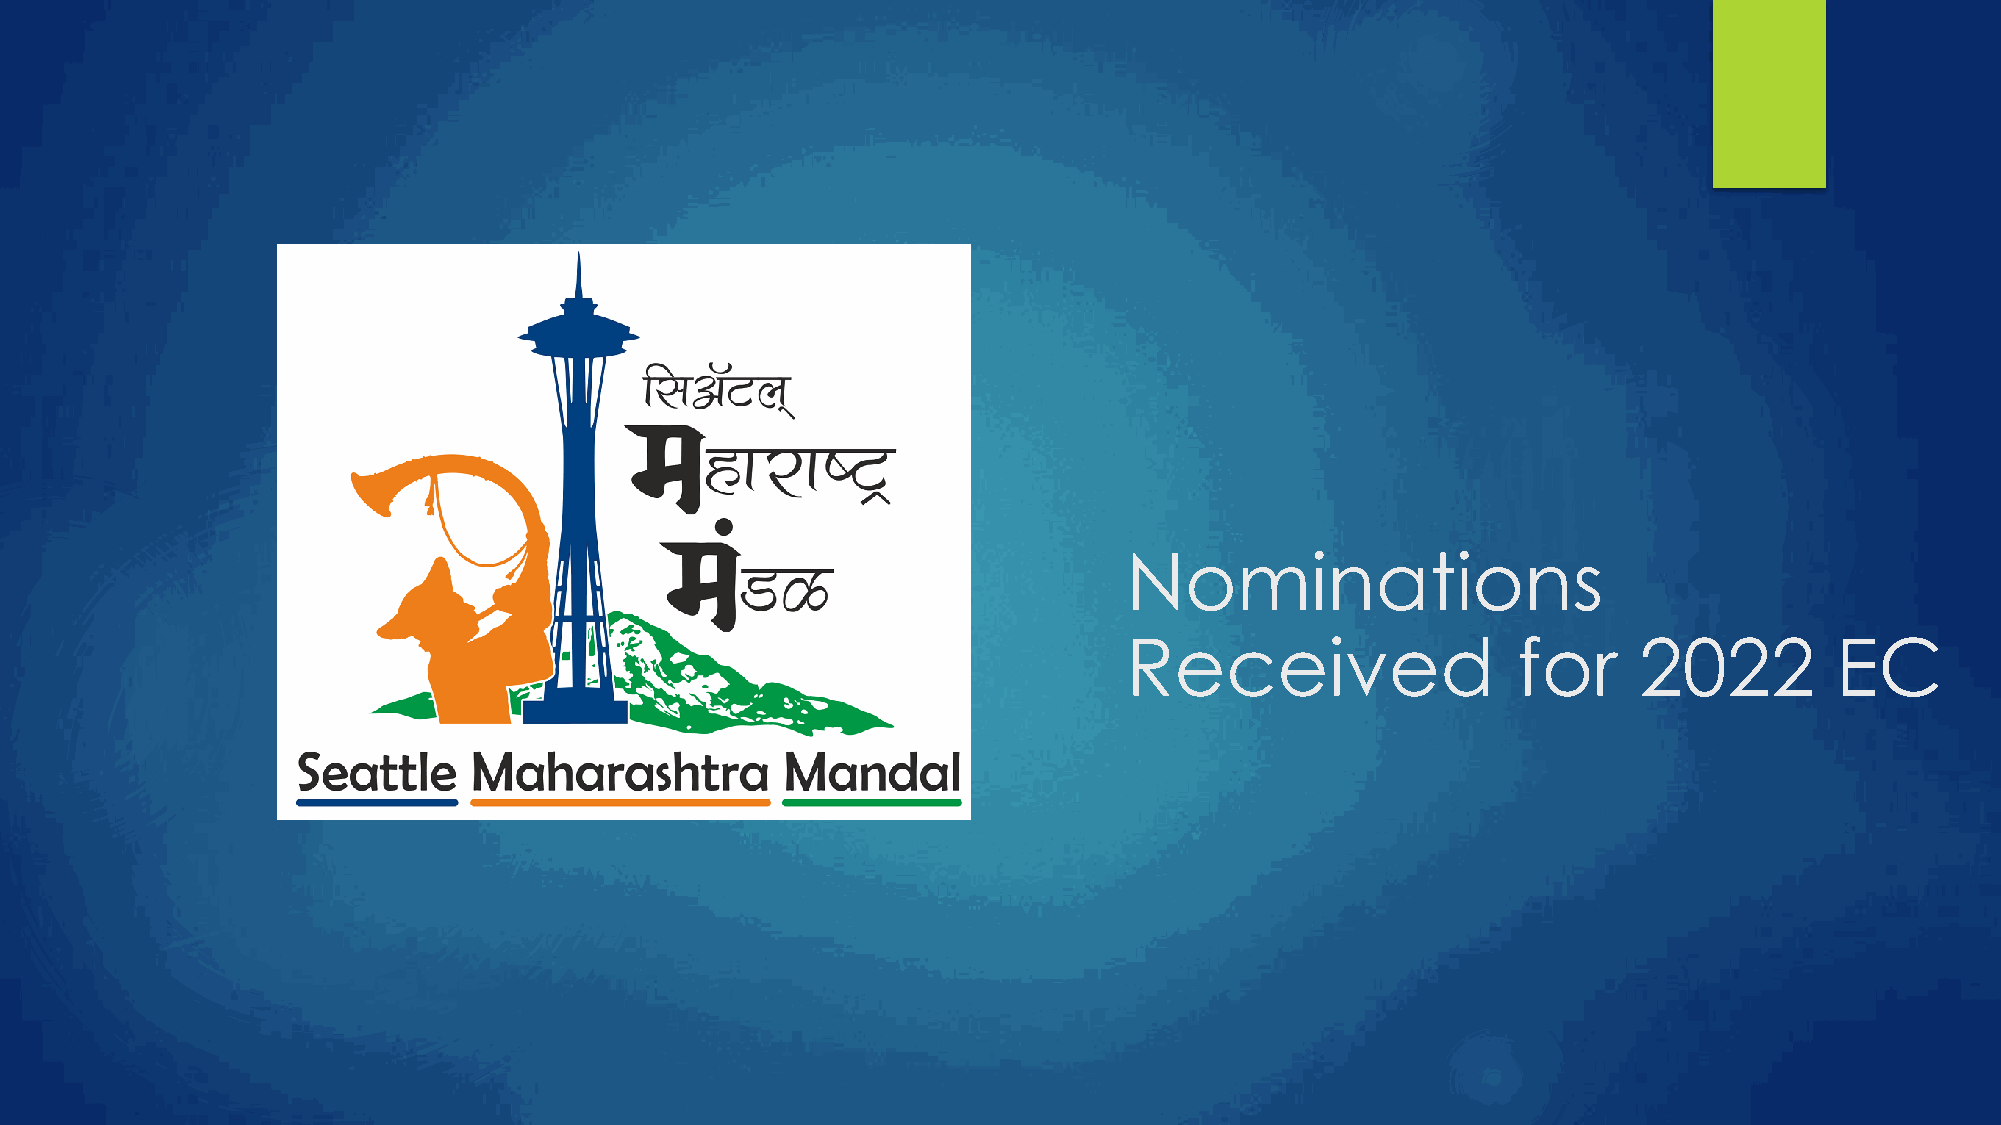
Nominations
 Received                 for     2022         EC